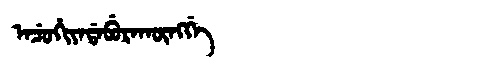
Manchu: ᠠᠴᡠᡥᡳᠶᠠᡩᠠᠪᡠᡵᠠᡴᡡᠩᡤᡝ
Romanization: ACUHIYADABURAKŪNGGE